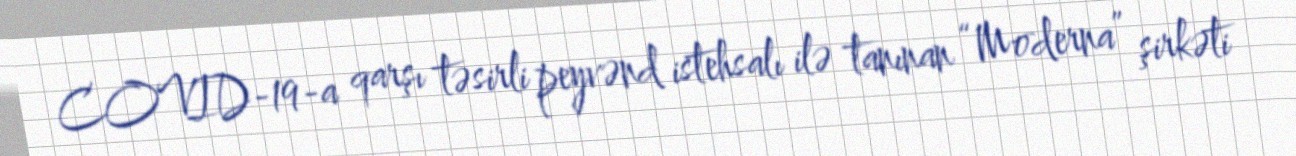
COVID-19-a qarşı təsirli peyvənd istehsalı ilə tanınan “Moderna” şirkəti